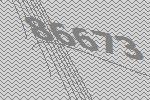
86673